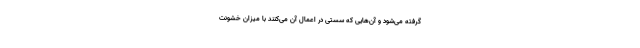
گرفته می‌شود و آن‌هایی که سستی در اعمال آن می‌کنند با میزان خشونت